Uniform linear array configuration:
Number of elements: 64
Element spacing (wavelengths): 0.5
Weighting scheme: blackman
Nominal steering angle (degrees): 45
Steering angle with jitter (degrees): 45.559
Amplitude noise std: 0.05
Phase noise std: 0.05

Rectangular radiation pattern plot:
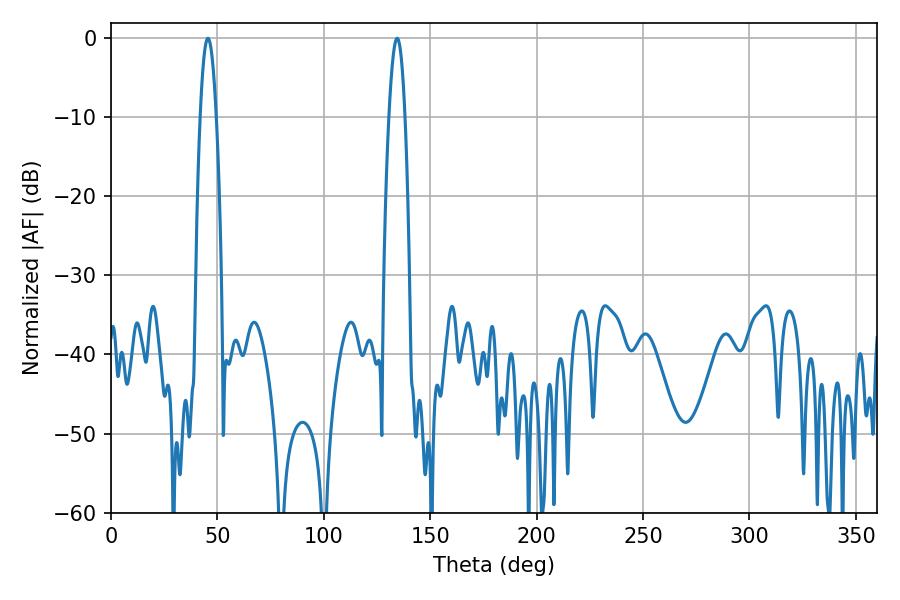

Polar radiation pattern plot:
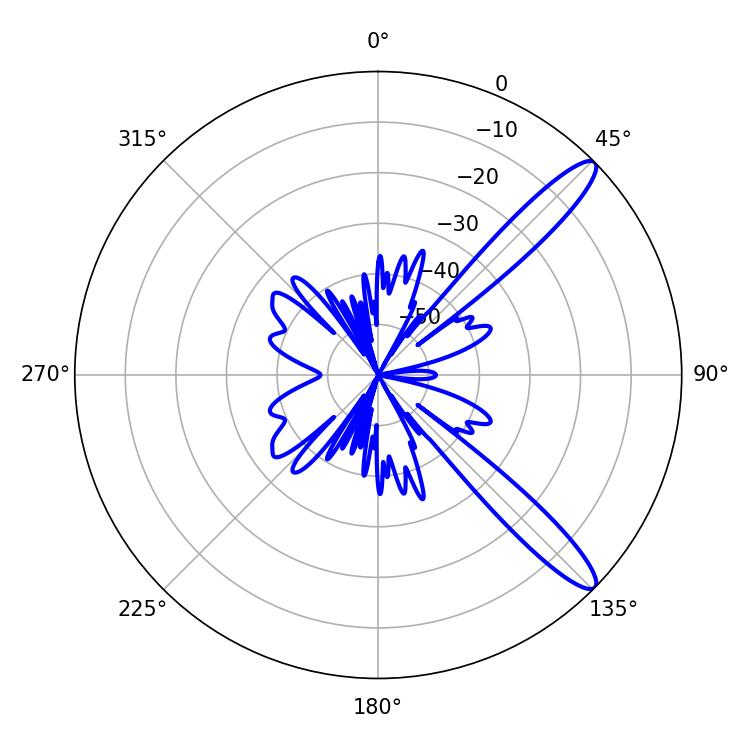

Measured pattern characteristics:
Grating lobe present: FALSE
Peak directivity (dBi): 12.515
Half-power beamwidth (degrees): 4.14
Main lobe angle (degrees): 45.54